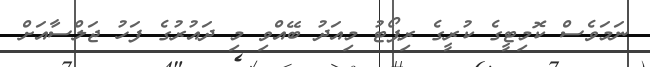
ނަމަވެސް ކޮމިޓީގެ ކުރީގެ ރިޕޯޓު މިއަދު ބޭއްވި މި ދައުރުގެ ފަހު ޖަލްސާއަށް